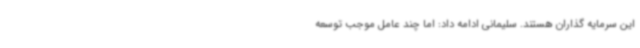
این سرمایه گذاران هستند. سلیمانی ادامه داد: اما چند عامل موجب توسعه